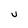
Character: u